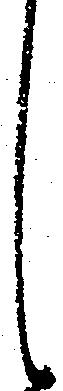
し